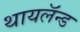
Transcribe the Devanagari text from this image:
थायलॅन्ड